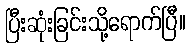
ပြီးဆုံးခြင်းသို့ရောက်ပြီ။